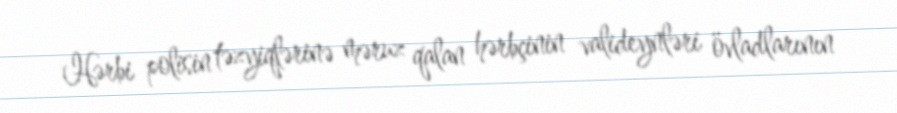
Hərbi polisin təzyiqlərinə məruz qalan hərbçinin valideynləri övladlarının